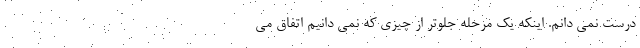
درست نمی دانم. اینکه یک مرحله جلوتر از چیزی که نمی دانیم اتفاق می